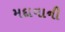
મદાવાની